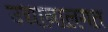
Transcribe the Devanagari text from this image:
उद्यानालगत